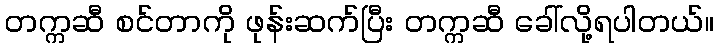
တက္ကဆီ စင်တာကို ဖုန်းဆက်ပြီး တက္ကဆီ ခေါ်လို့ရပါတယ်။